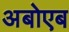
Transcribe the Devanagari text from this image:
अबोएब